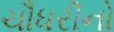
ચૌધરીનો